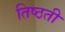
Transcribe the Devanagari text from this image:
तिष्ठती